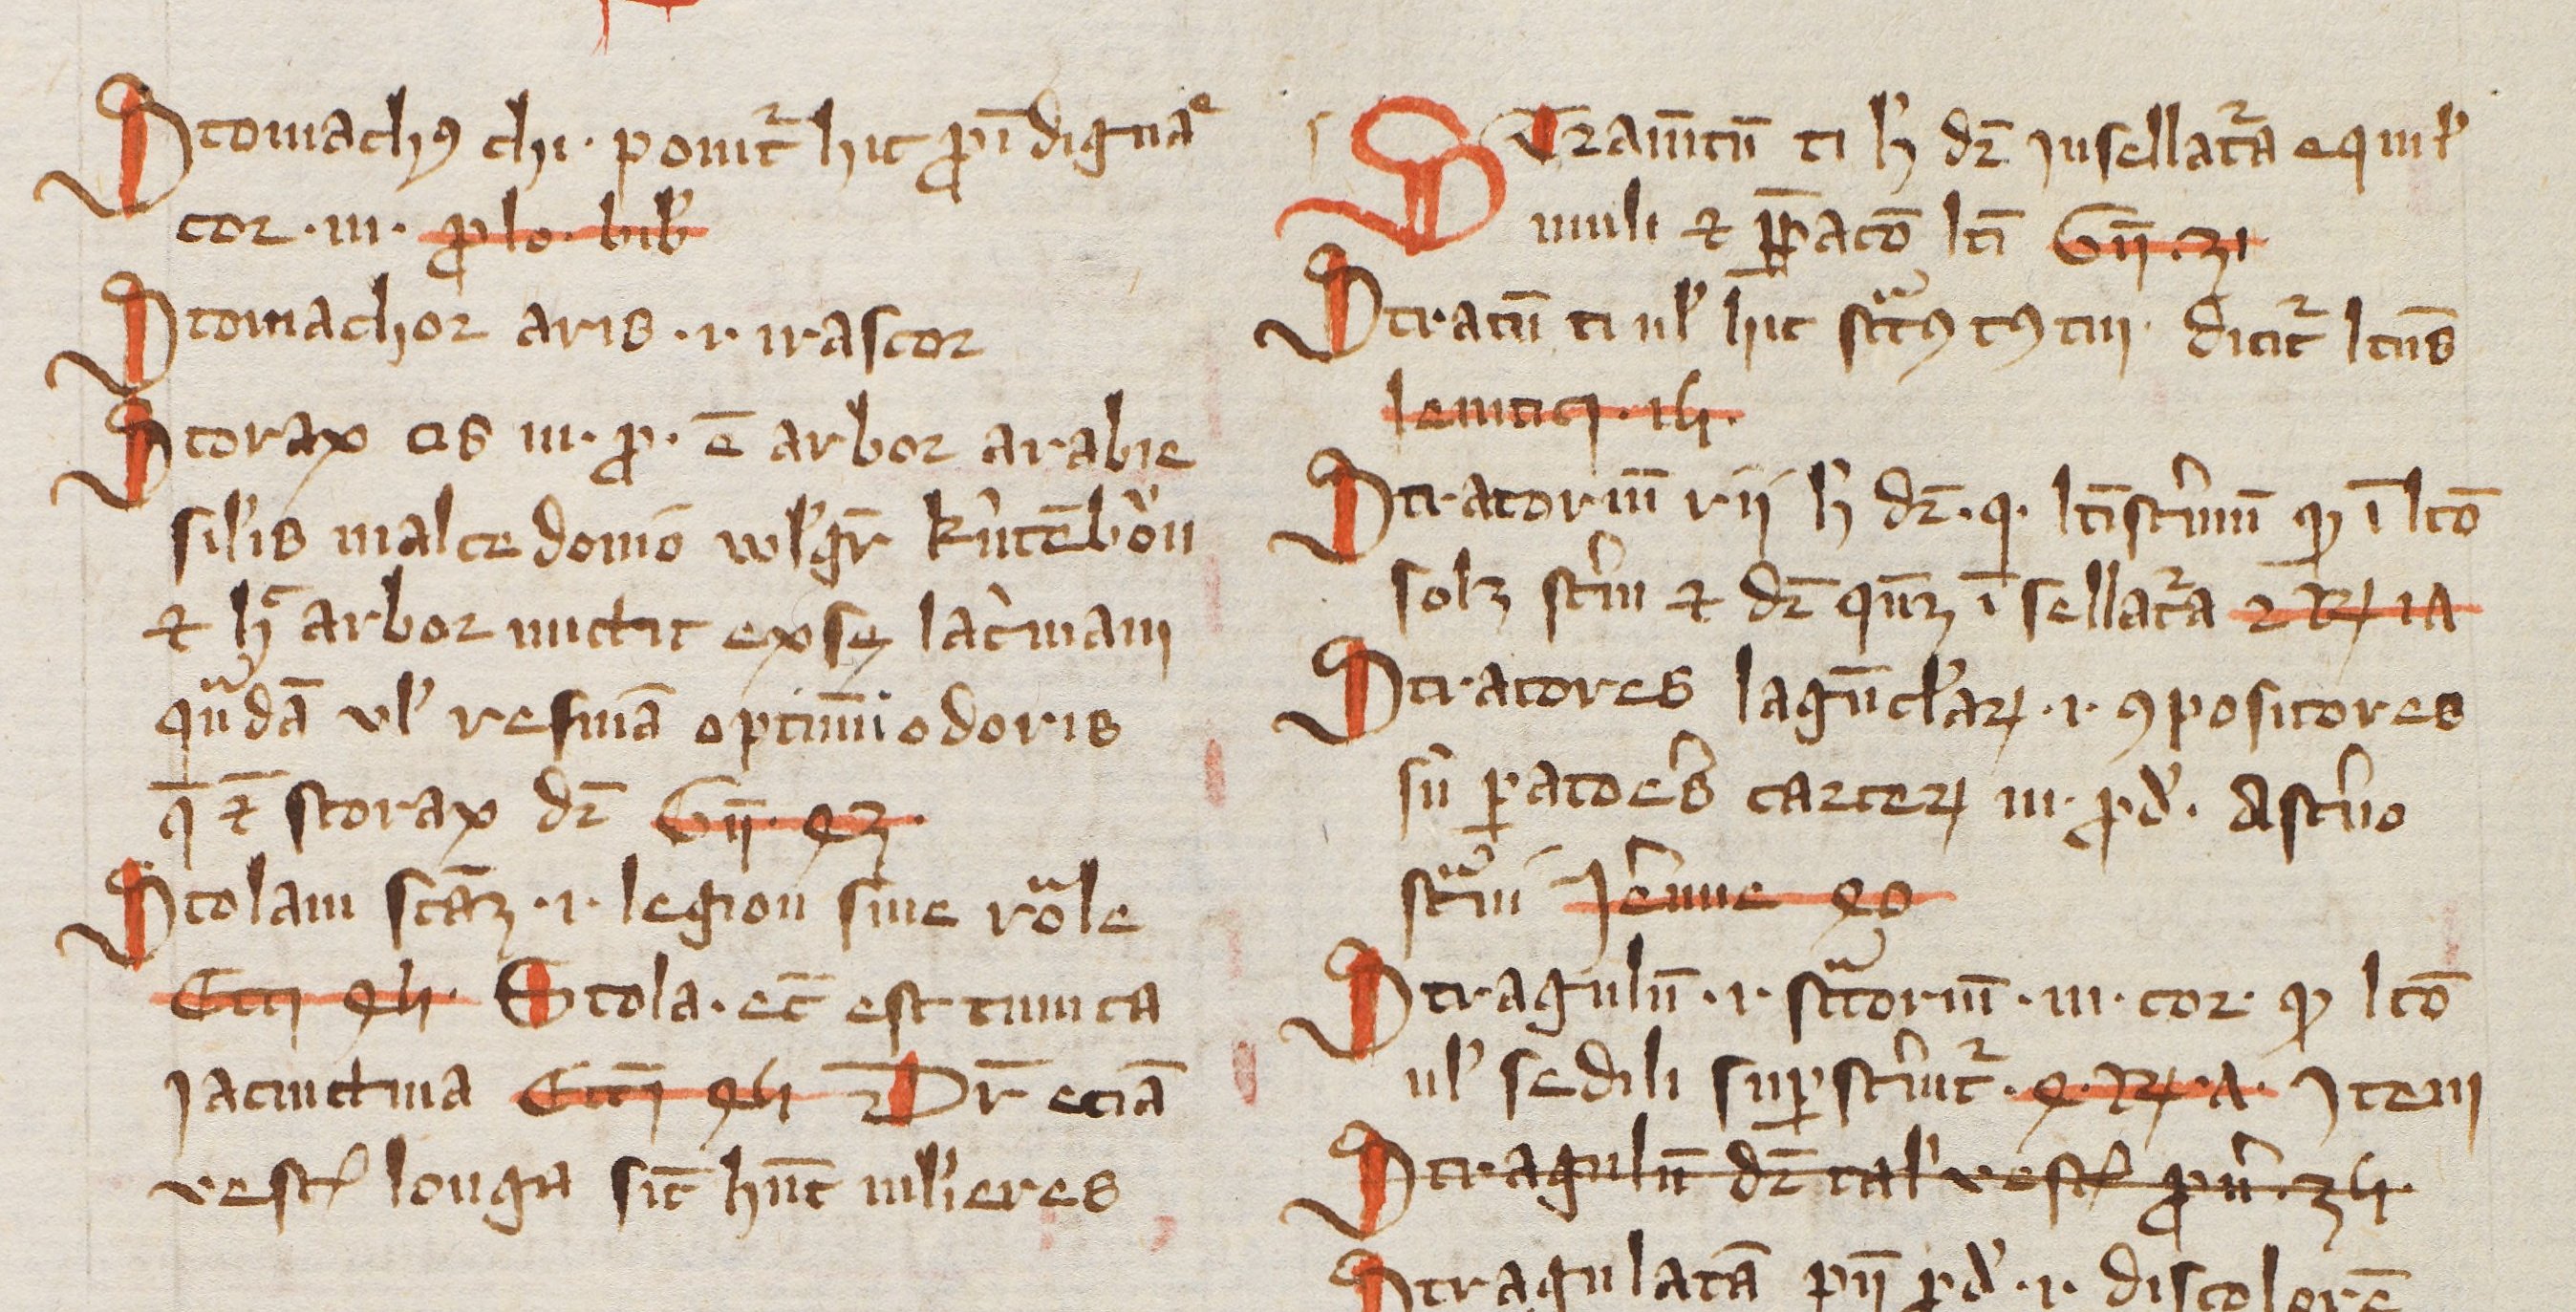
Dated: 1385–1415